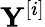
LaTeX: \mathbf{Y}^{[i]}